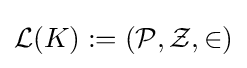
{\mathcal {L}}(K):=({\mathcal {P}},{\mathcal {Z}},\in )